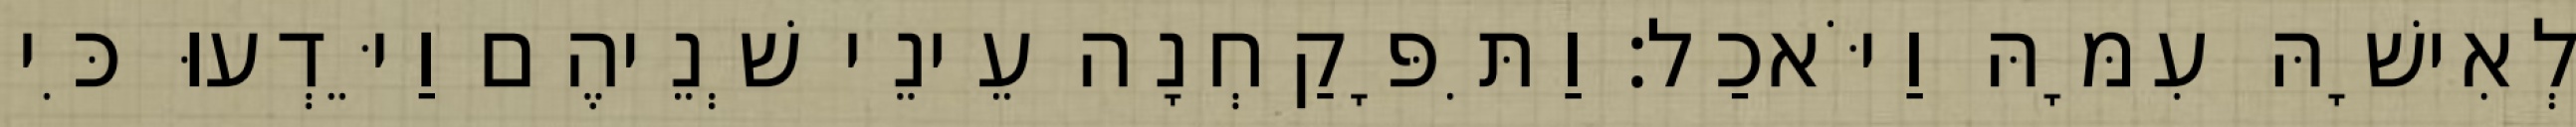
לְאִישָׁהּ עִמָּהּ וַיֹּאכַל׃ וַתִּפָּקַחְנָה עֵינֵי שְׁנֵיהֶם וַיֵּדְעוּ כִּי